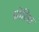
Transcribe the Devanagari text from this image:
ओरिस